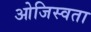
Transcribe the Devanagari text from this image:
ओजिस्वता